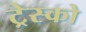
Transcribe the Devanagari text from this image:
ट्रेस्को